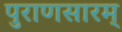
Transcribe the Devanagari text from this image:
पुराणसारम्